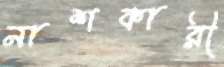
নাশকারী